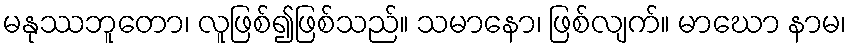
မနုဿဘူတော၊ လူဖြစ်၍ဖြစ်သည်။ သမာနော၊ ဖြစ်လျက်။ မာဃော နာမ၊